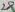
Text: 28